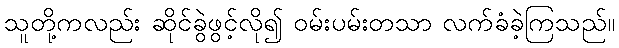
သူတို့ကလည်း ဆိုင်ခွဲဖွင့်လို၍ ဝမ်းပမ်းတသာ လက်ခံခဲ့ကြသည်။